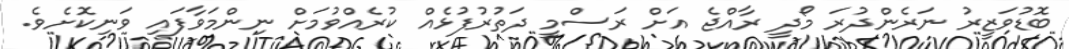
ބޮޑުވަޒީރު ނަރެންދުރަ މޯދީ ރާއްޖެ އަށް ރަސްމީ ދަތުރުފުޅެއް ކުރެއްވުމަށް ނިންމަވާފައި ވަނިކޮށެވެ.